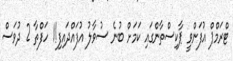
ޓްރަމްޕް އުފަންވީ ޕާކިސްތާންގައި ކަމަށް ބުނެ ސުވާލު އުފައްދައިފި!1 ހަފްތާ 2 ދުވަސް